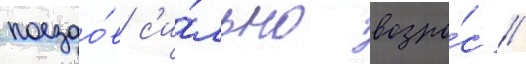
поездо́в с'и́льно возро́с //